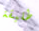
طليقة